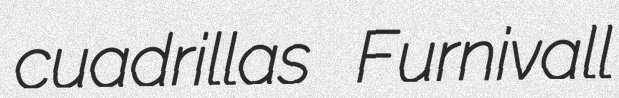
cuadrillas Furnivall